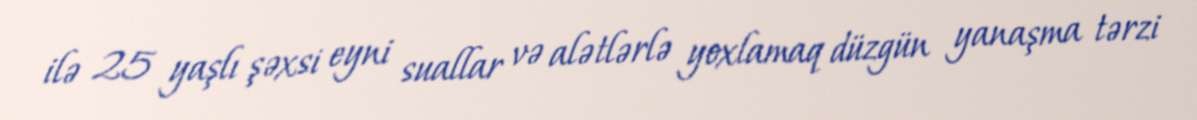
ilə 25 yaşlı şəxsi eyni suallar və alətlərlə yoxlamaq düzgün yanaşma tərzi